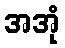
အအုံ